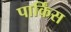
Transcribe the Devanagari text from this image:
पार्किंस